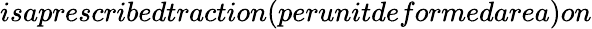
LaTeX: isaprescribedtraction(perunitdeformedarea)on